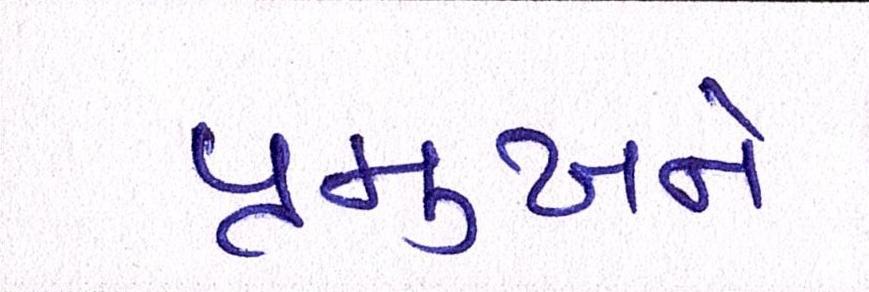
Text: પ્રમુખને